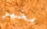
بخير